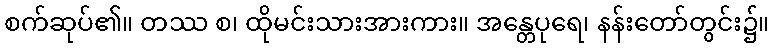
စက်ဆုပ်၏။ တဿ စ၊ ထိုမင်းသားအားကား။ အန္တေပုရေ၊ နန်းတော်တွင်း၌။